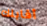
أقابلك